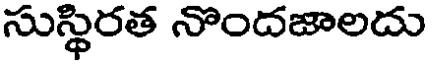
సుస్థిరత నొందజాలదు